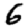
Digit: 6